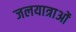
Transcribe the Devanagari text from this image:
जलयात्राओं